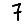
Digit: 7